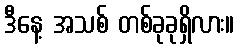
ဒီနေ့ အသစ် တစ်ခုခုရှိလား။